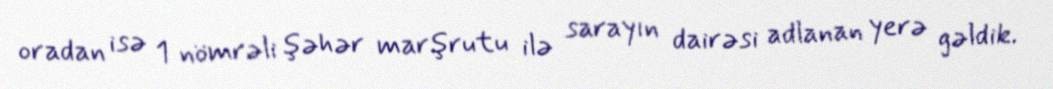
oradan isə 1 nömrəli şəhər marşrutu ilə sarayın dairəsi adlanan yerə gəldik.